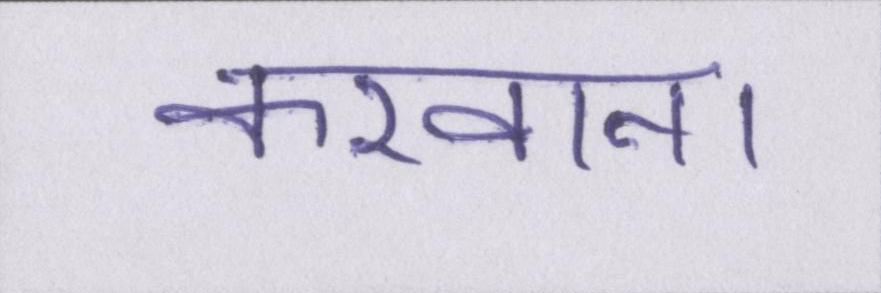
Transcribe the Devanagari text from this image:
करवाना